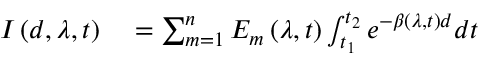
\begin{array} { r l } { I \left( d , \lambda , t \right) } & { { } = \sum _ { m = 1 } ^ { n } E _ { m } \left( \lambda , t \right) \int _ { t _ { 1 } } ^ { t _ { 2 } } e ^ { - \beta \left( \lambda , t \right) d } d t } \end{array}